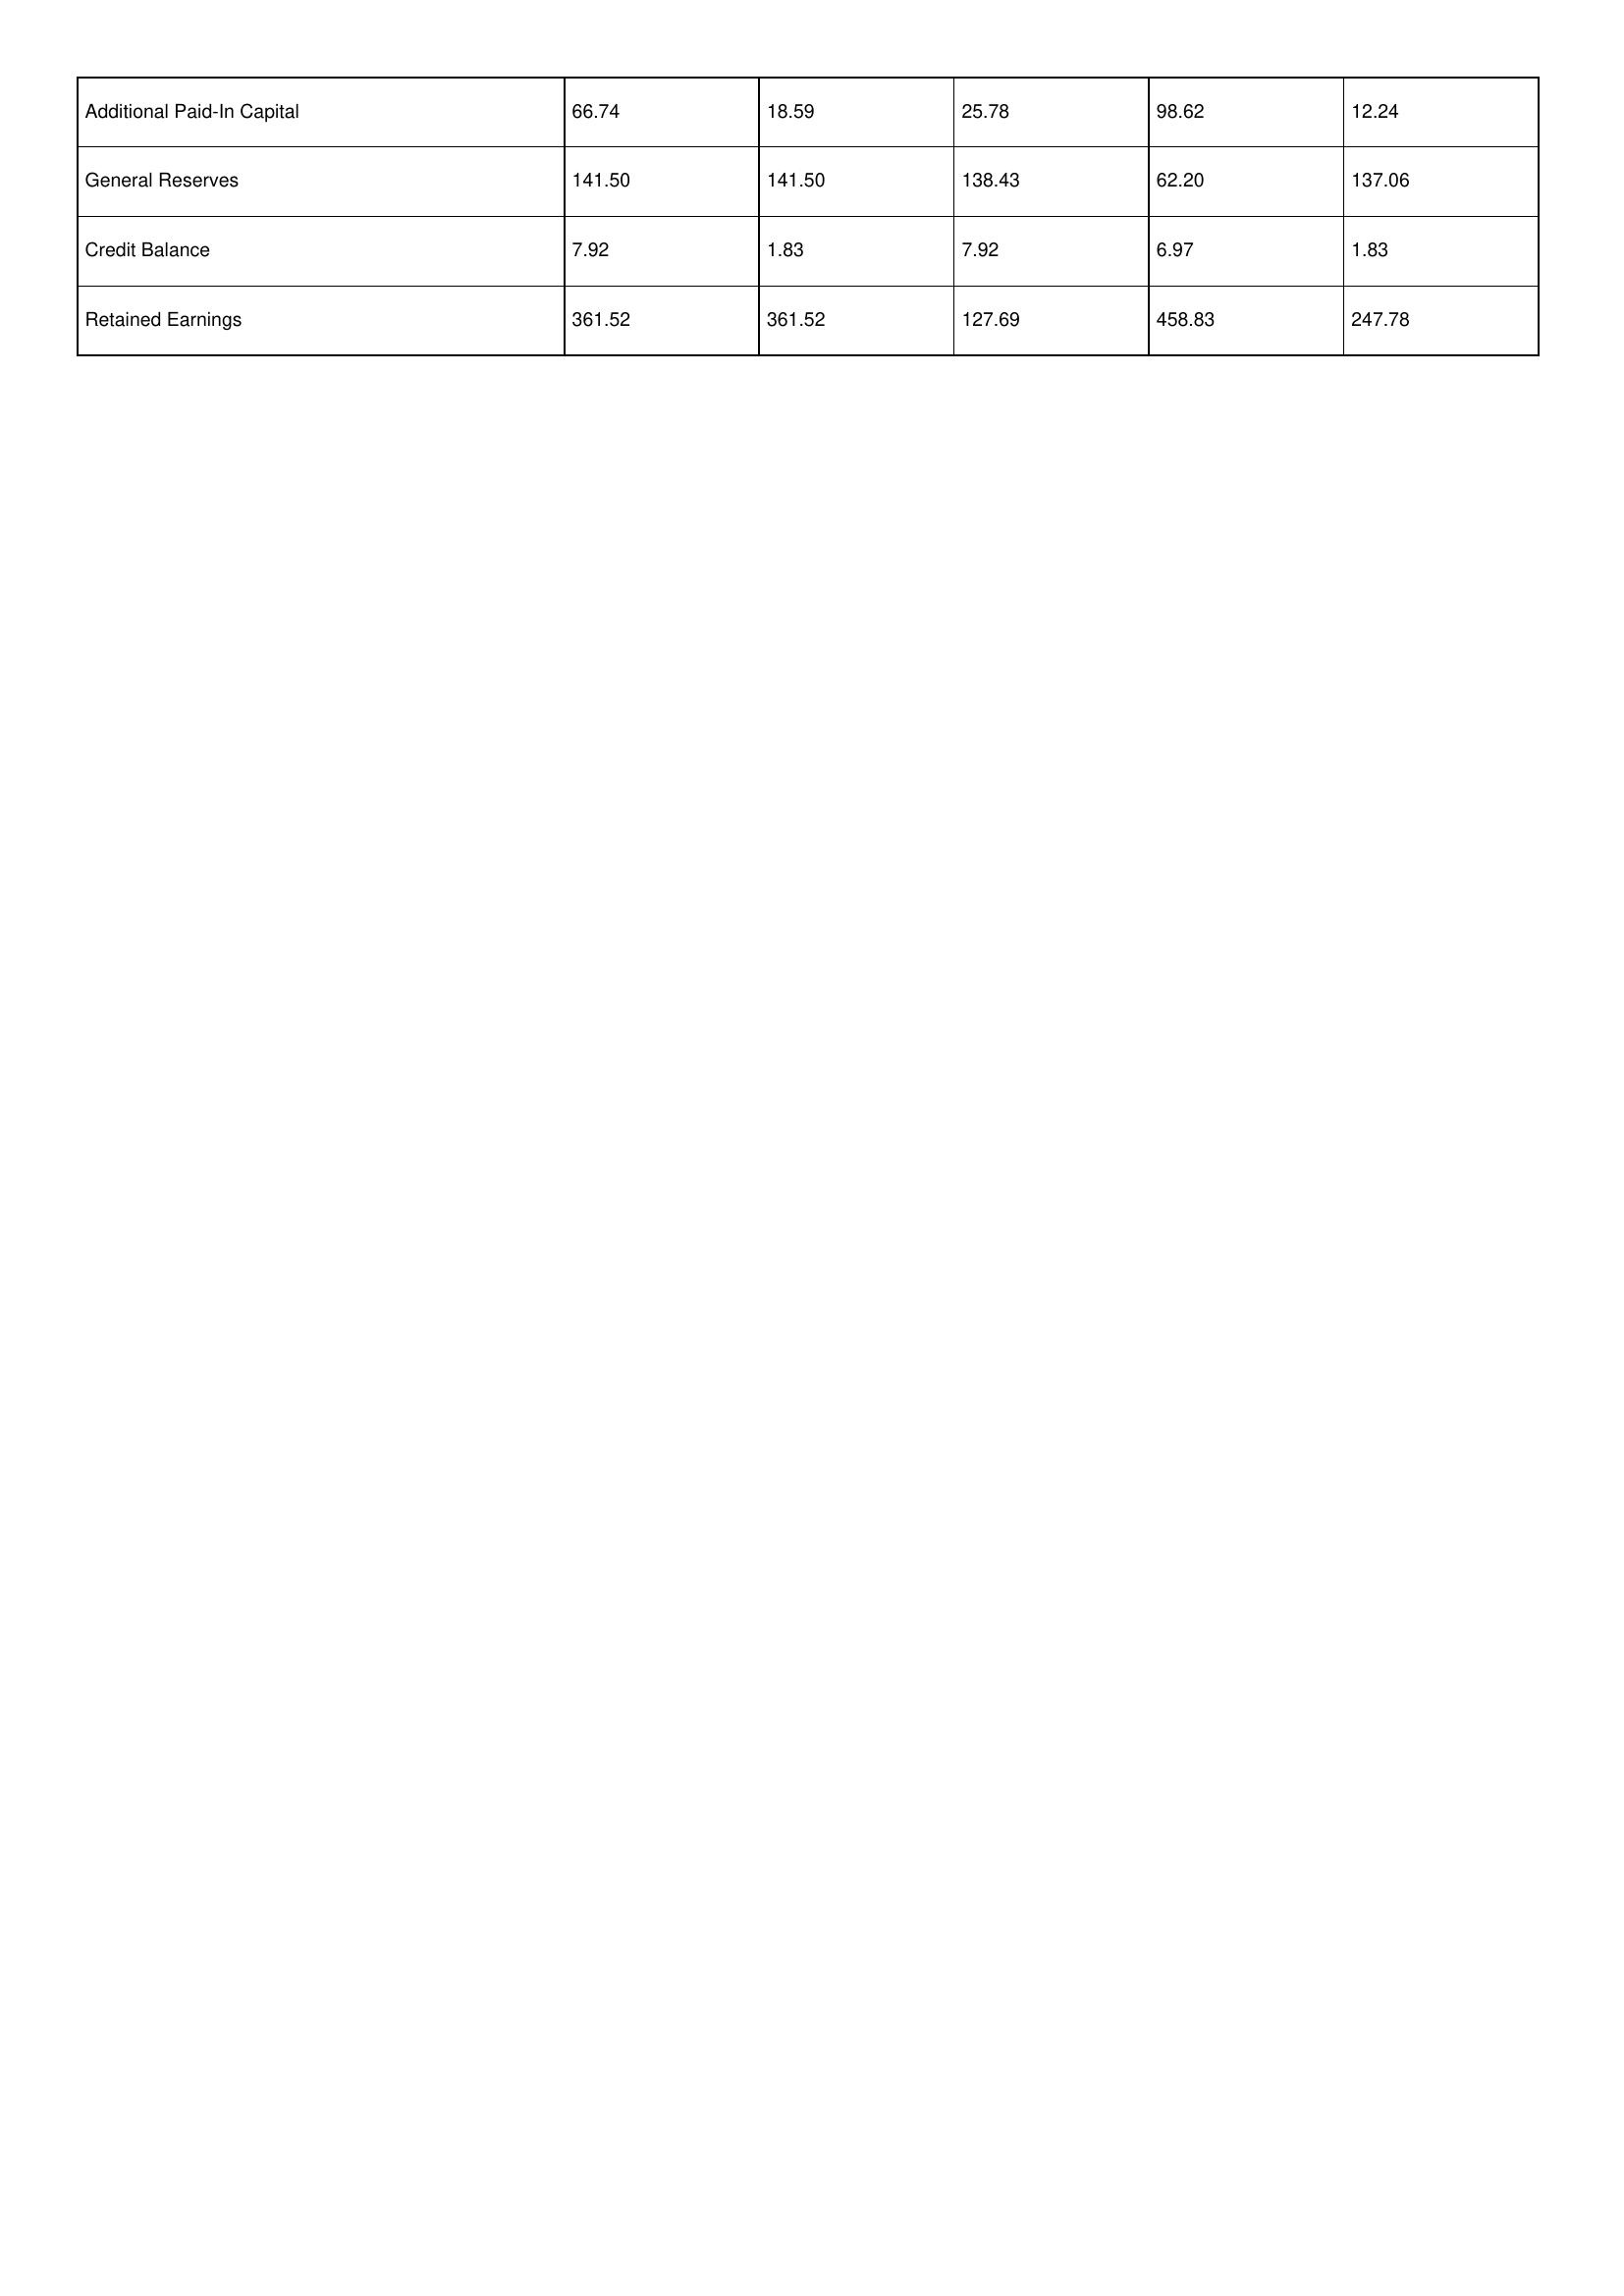
gt_parse: 2014: Additional Paid-In Capital: 66.74
General Reserves: 141.50
Credit Balance: 7.92
Retained Earnings: 361.52
2013: Additional Paid-In Capital: 18.59
General Reserves: 141.50
Credit Balance: 1.83
Retained Earnings: 361.52
2012: Additional Paid-In Capital: 25.78
General Reserves: 138.43
Credit Balance: 7.92
Retained Earnings: 127.69
2011: Additional Paid-In Capital: 98.62
General Reserves: 62.20
Credit Balance: 6.97
Retained Earnings: 458.83
2010: Additional Paid-In Capital: 12.24
General Reserves: 137.06
Credit Balance: 1.83
Retained Earnings: 247.78